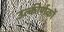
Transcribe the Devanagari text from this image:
उत्‍कीर्णकों